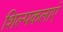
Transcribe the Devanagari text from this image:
शिल्पकलाएं